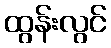
ထွန်းလွင်